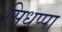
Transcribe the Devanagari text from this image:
सिधप्पा